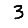
Digit: 3